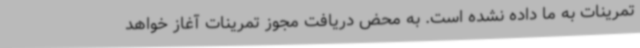
تمرینات به ما داده نشده است. به محض دریافت مجوز تمرینات آغاز خواهد